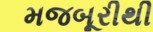
મજબૂરીથી